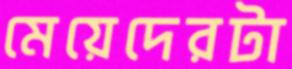
মেয়েদেরটা